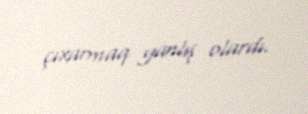
çıxarmaq yanlış olardı.